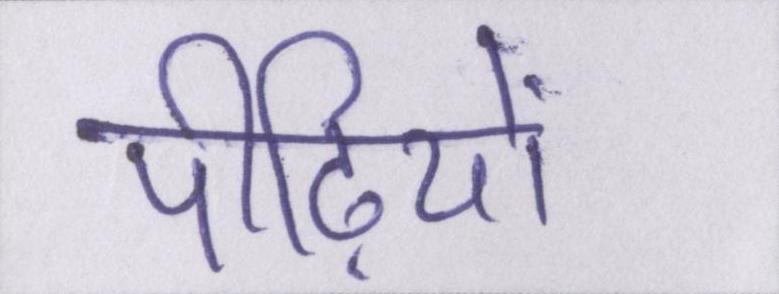
पीढ़ियों